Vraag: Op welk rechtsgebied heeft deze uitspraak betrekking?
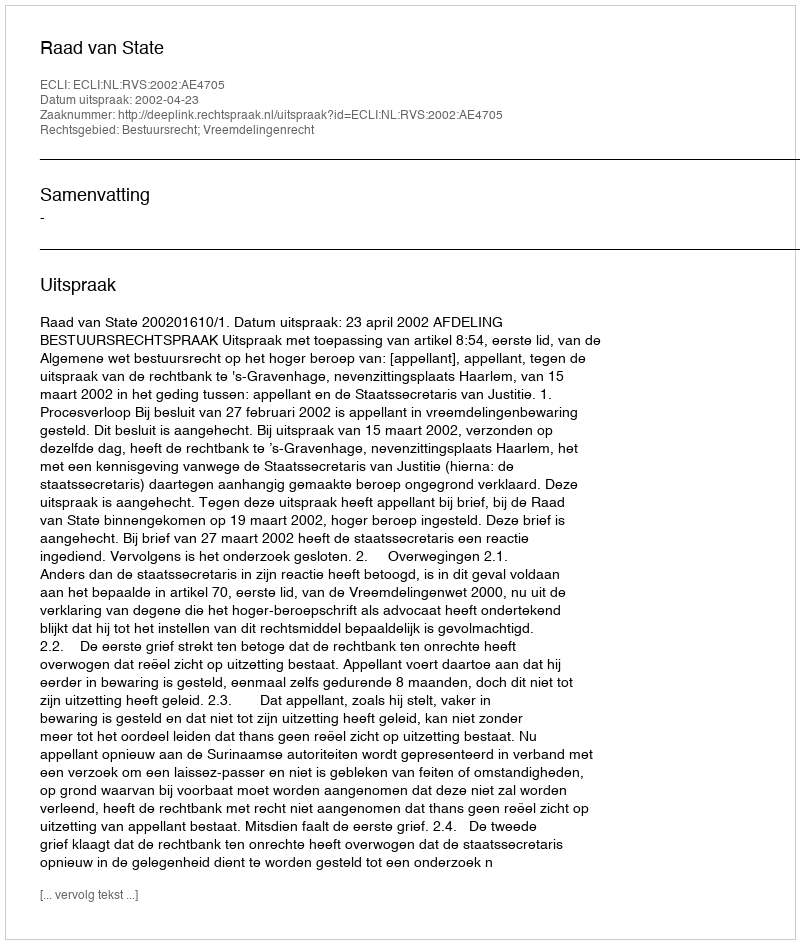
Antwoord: Bestuursrecht; Vreemdelingenrecht